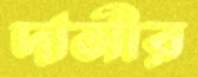
দাসীর